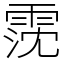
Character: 霃